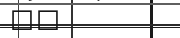
١٧